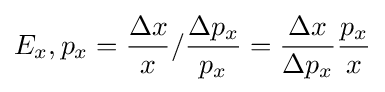
E_{x},p_{x}={\frac {\Delta x}{x}}/{\frac {\Delta p_{x}}{p_{x}}}={\frac {\Delta x}{\Delta p_{x}}}{\frac {p_{x}}{x}}